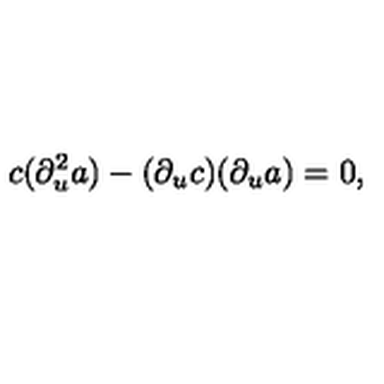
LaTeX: c ( \partial _ { u } ^ { 2 } a ) - ( \partial _ { u } c ) ( \partial _ { u } a ) = 0 ,